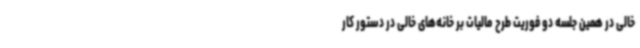
خالی در همین جلسه دو فوریت طرح مالیات بر خانه‌های خالی در دستور کار